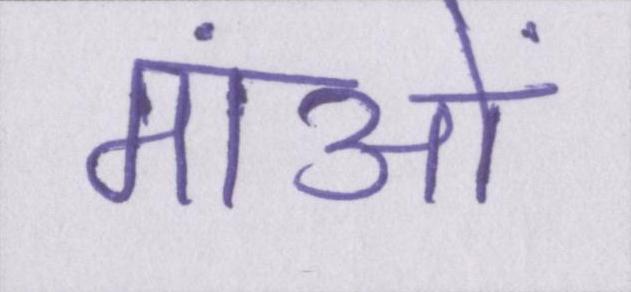
मांओं